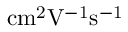
\mathrm { c m ^ { 2 } V ^ { - 1 } s ^ { - 1 } }